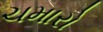
ચમારો